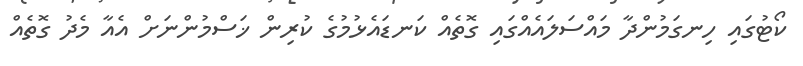
ކޯޓުގައި ހިނގަމުންދާ މައްސަލައެއްގައި ގޮތެއް ކަނޑައެޅުމުގެ ކުރިން ޚަސްމުންނަށް އެއާ މެދު ގޮތެއް